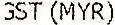
GST (MYR)